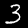
Label: 3